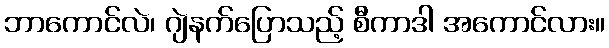
ဘာကောင်လဲ၊ ဂျဲနက်ပြောသည့် စီကာဒါ အကောင်လား။